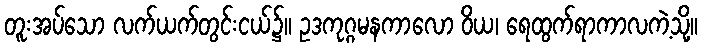
တူးအပ်သော လက်ယက်တွင်းငယ်၌။ ဥဒကုဂ္ဂမနကာလော ဝိယ၊ ရေထွက်ရာကာလကဲ့သို့။